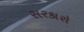
સરકારો